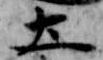
土